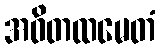
အဝိတထမေတံ